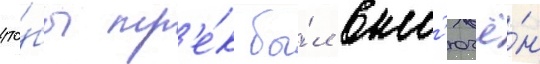
что́бы тр'е́к бы́л вкл'ючё́н